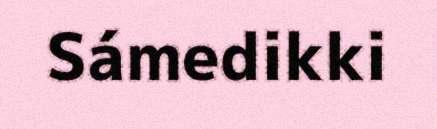
Sámedikki